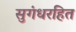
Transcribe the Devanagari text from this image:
सुगंधरहित